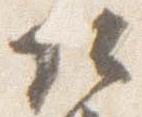
頭